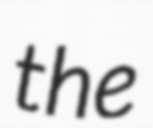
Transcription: the